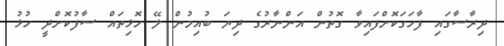
ދިރާސާގައި ފާހަގަކޮށްފައިވާ ގޮތުން އަންނާރުގެ ދިޔަ ބުއިމުން ލޭ ހޮޅިތައް ސާފުކޮށްދީ ހުޅު